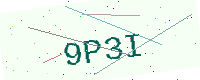
Text: 9P3I